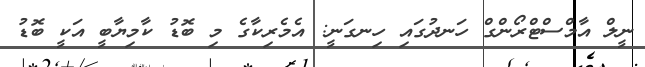
ނީލް އާމްސްޓްރޯންގް ހަނދުގައި ހިނގަނީ: އެމެރިކާގެ މި ބޮޑު ކާމިޔާބީ އަކީ ބޮޑު